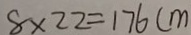
8 \times 2 2 = 1 7 6 ( m